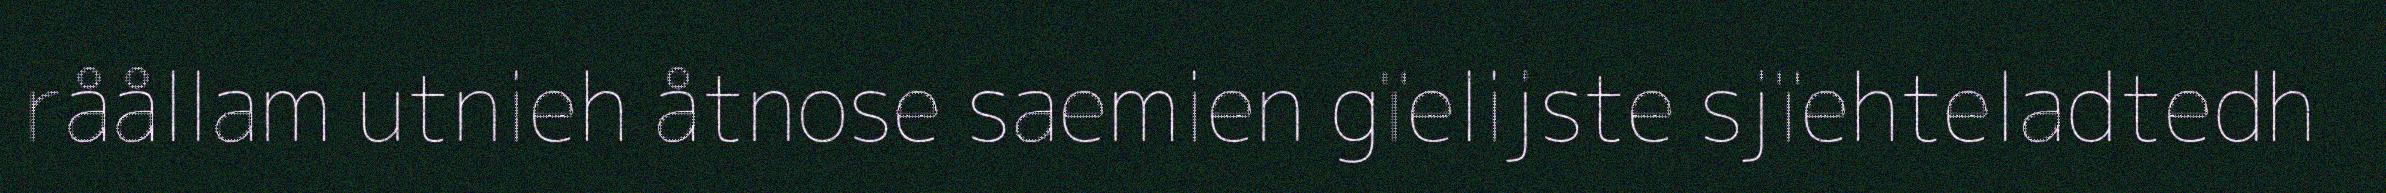
råållam utnieh åtnose saemien gïelijste sjïehteladtedh